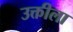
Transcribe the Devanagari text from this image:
उक्तीला